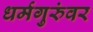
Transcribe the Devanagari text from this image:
धर्मगुरुंवर